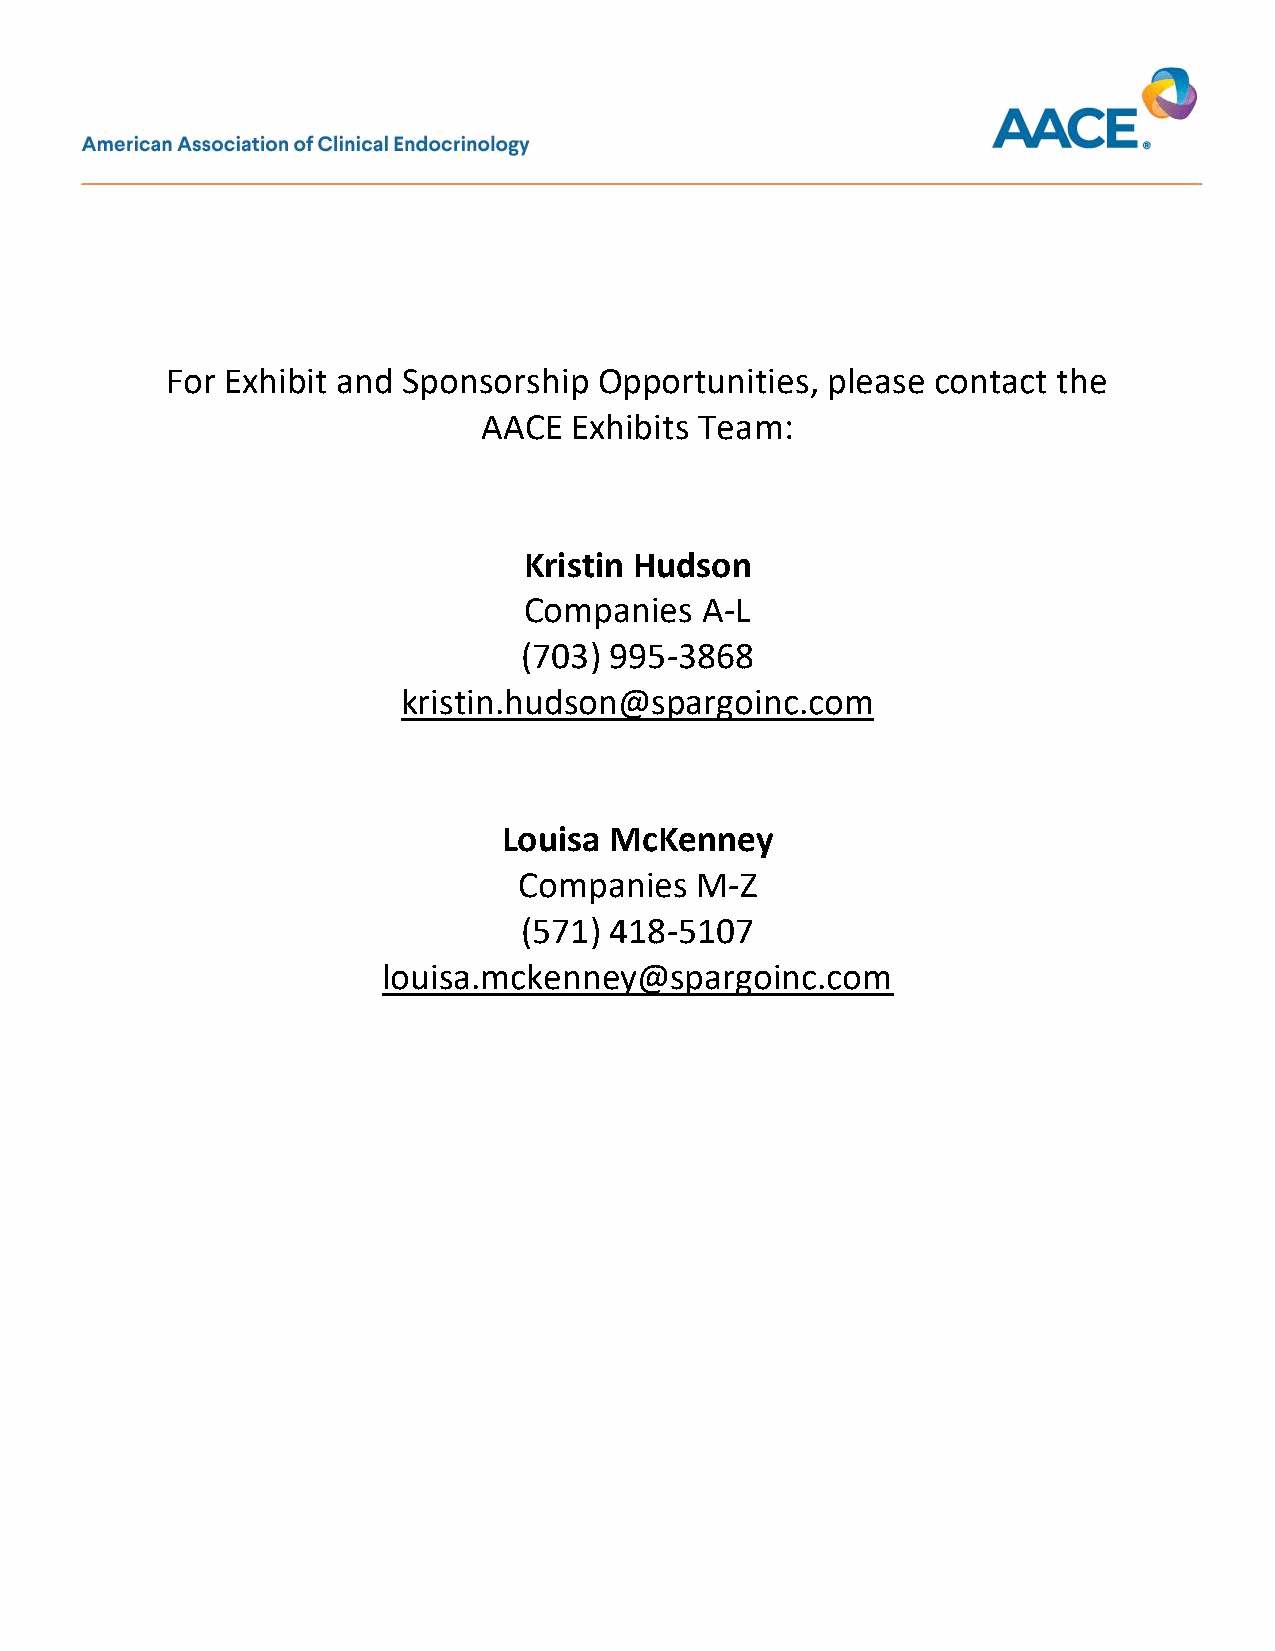
For Exhibit and Sponsorship  Opportunities, please contact the
 AACE  Exhibits Team:
 Kristin Hudson
 Companies  A-L
 (703) 995-3868
 kristin.hudson@spargoinc.com
 Louisa McKenney
 Companies   M-Z
 (571) 418-5107
 louisa.mckenney@spargoinc.com